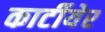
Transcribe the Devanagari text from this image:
कार्टीयेर